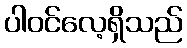
ပါဝင်လေ့ရှိသည်